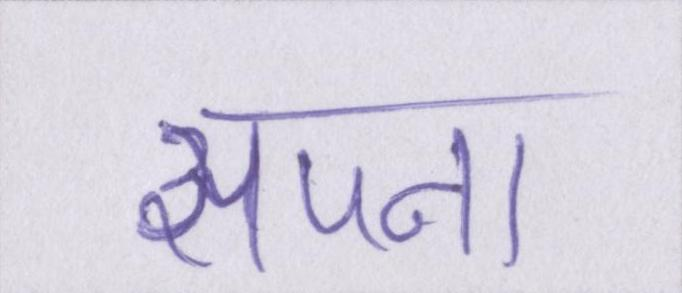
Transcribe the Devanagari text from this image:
सपना